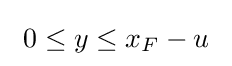
\ 0\leq y\leq x_{F}-u\